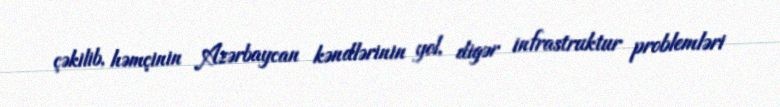
çəkilib, həmçinin Azərbaycan kəndlərinin yol, digər infrastruktur problemləri